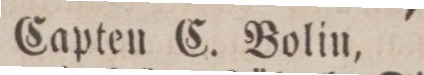
Capten C. Bolin,